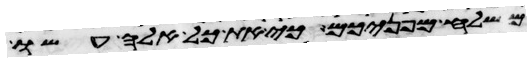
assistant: משלח מפניכם כי את כל אלה עשו